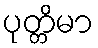
ပုတ္တိမာ